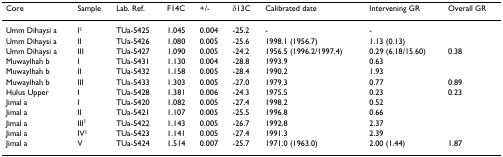
| Core | Sample | Lab. Ref. | F14C | +/- | δ13C | Calibrated date | Intervening GR | Overall GR |
 | --- | --- | --- | --- | --- | --- | --- | --- | --- |
 | Umm Dihaysi a | I1 | TUa-5425 | 1.045 | 0.004 | -25.2 | - | - |  |
 | Umm Dihaysi a | II | TUa-5426 | 1.080 | 0.005 | -25.6 | 1998.1 (1956.7) | 1.13 (0.13) |  |
 | Umm Dihaysi a | III | TUa-5427 | 1.090 | 0.005 | -24.2 | 1956.5 (1996.2/1997.4) | 0.29 (6.18/15.60) | 0.38 |
 | Muwaylhah b | I | TUa-5431 | 1.130 | 0.004 | -28.8 | 1993.9 | 0.63 |  |
 | Muwaylhah b | II | TUa-5432 | 1.158 | 0.005 | -28.4 | 1990.2 | 1.93 |  |
 | Muwaylhah b | III | TUa-5433 | 1.303 | 0.005 | -27.0 | 1979.3 | 0.77 | 0.89 |
 | Hulus Upper | I | TUa-5428 | 1.381 | 0.006 | -24.3 | 1975.5 | 0.23 | 0.23 |
 | Jimal a | I | TUa-5420 | 1.082 | 0.005 | -27.4 | 1998.2 | 0.52 |  |
 | Jimal a | II | TUa-5421 | 1.107 | 0.005 | -25.5 | 1996.8 | 0.66 |  |
 | Jimal a | III1 | TUa-5422 | 1.143 | 0.005 | -26.7 | 1992.8 | 2.37 |  |
 | Jimal a | IV1 | TUa-5423 | 1.141 | 0.005 | -27.4 | 1991.3 | 2.39 |  |
 | Jimal a | V | TUa-5424 | 1.514 | 0.007 | -25.7 | 1971.0 (1963.0) | 2.00 (1.44) | 1.87 |